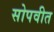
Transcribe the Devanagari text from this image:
सोपवीत